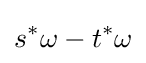
s^{*}\omega -t^{*}\omega